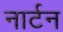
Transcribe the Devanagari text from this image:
नार्टन